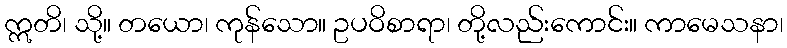
ဣတိ၊ သို့။ တယော၊ ကုန်သော။ ဥပဝိစာရာ၊ တို့လည်းကောင်း။ ကာမေသနာ၊